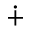
\dotplus